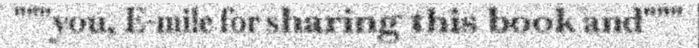
"""you, E-mile for sharing this book and"""